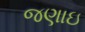
જણાઇ